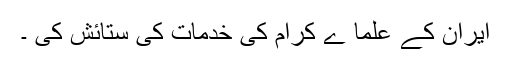
ایران کے علما ے کرام کی خدمات کی ستائش کی ۔